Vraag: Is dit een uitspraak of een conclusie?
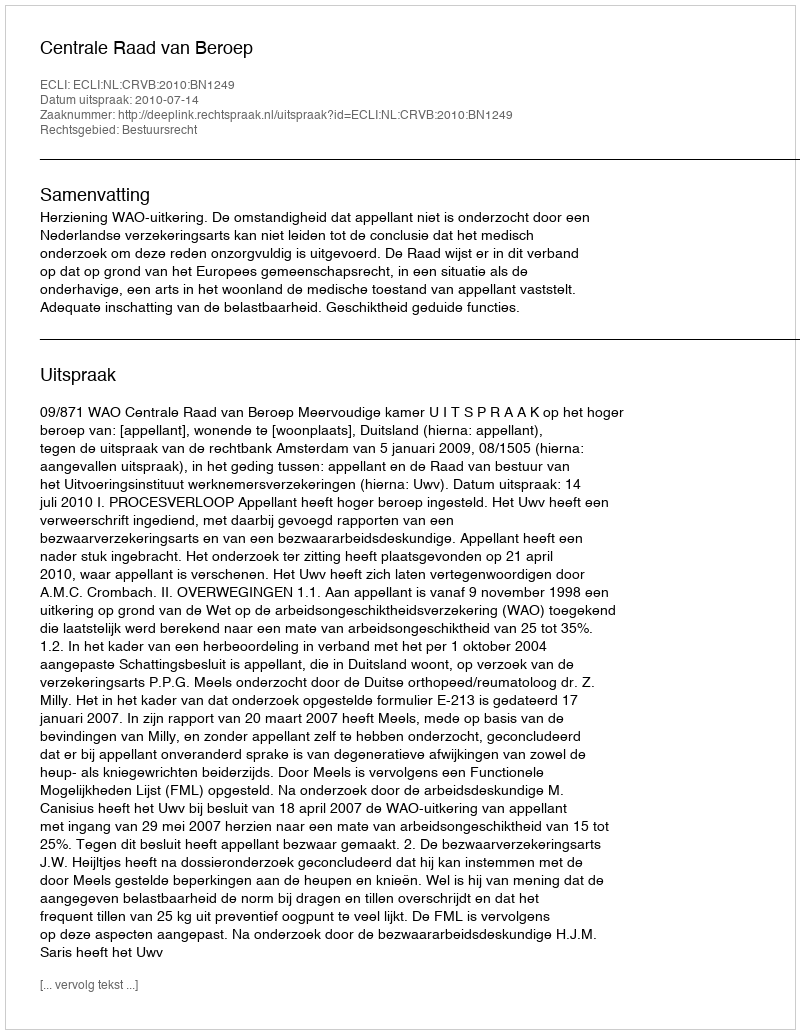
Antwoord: Uitspraak